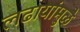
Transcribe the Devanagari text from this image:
लढायांमुळे